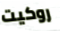
روكيت